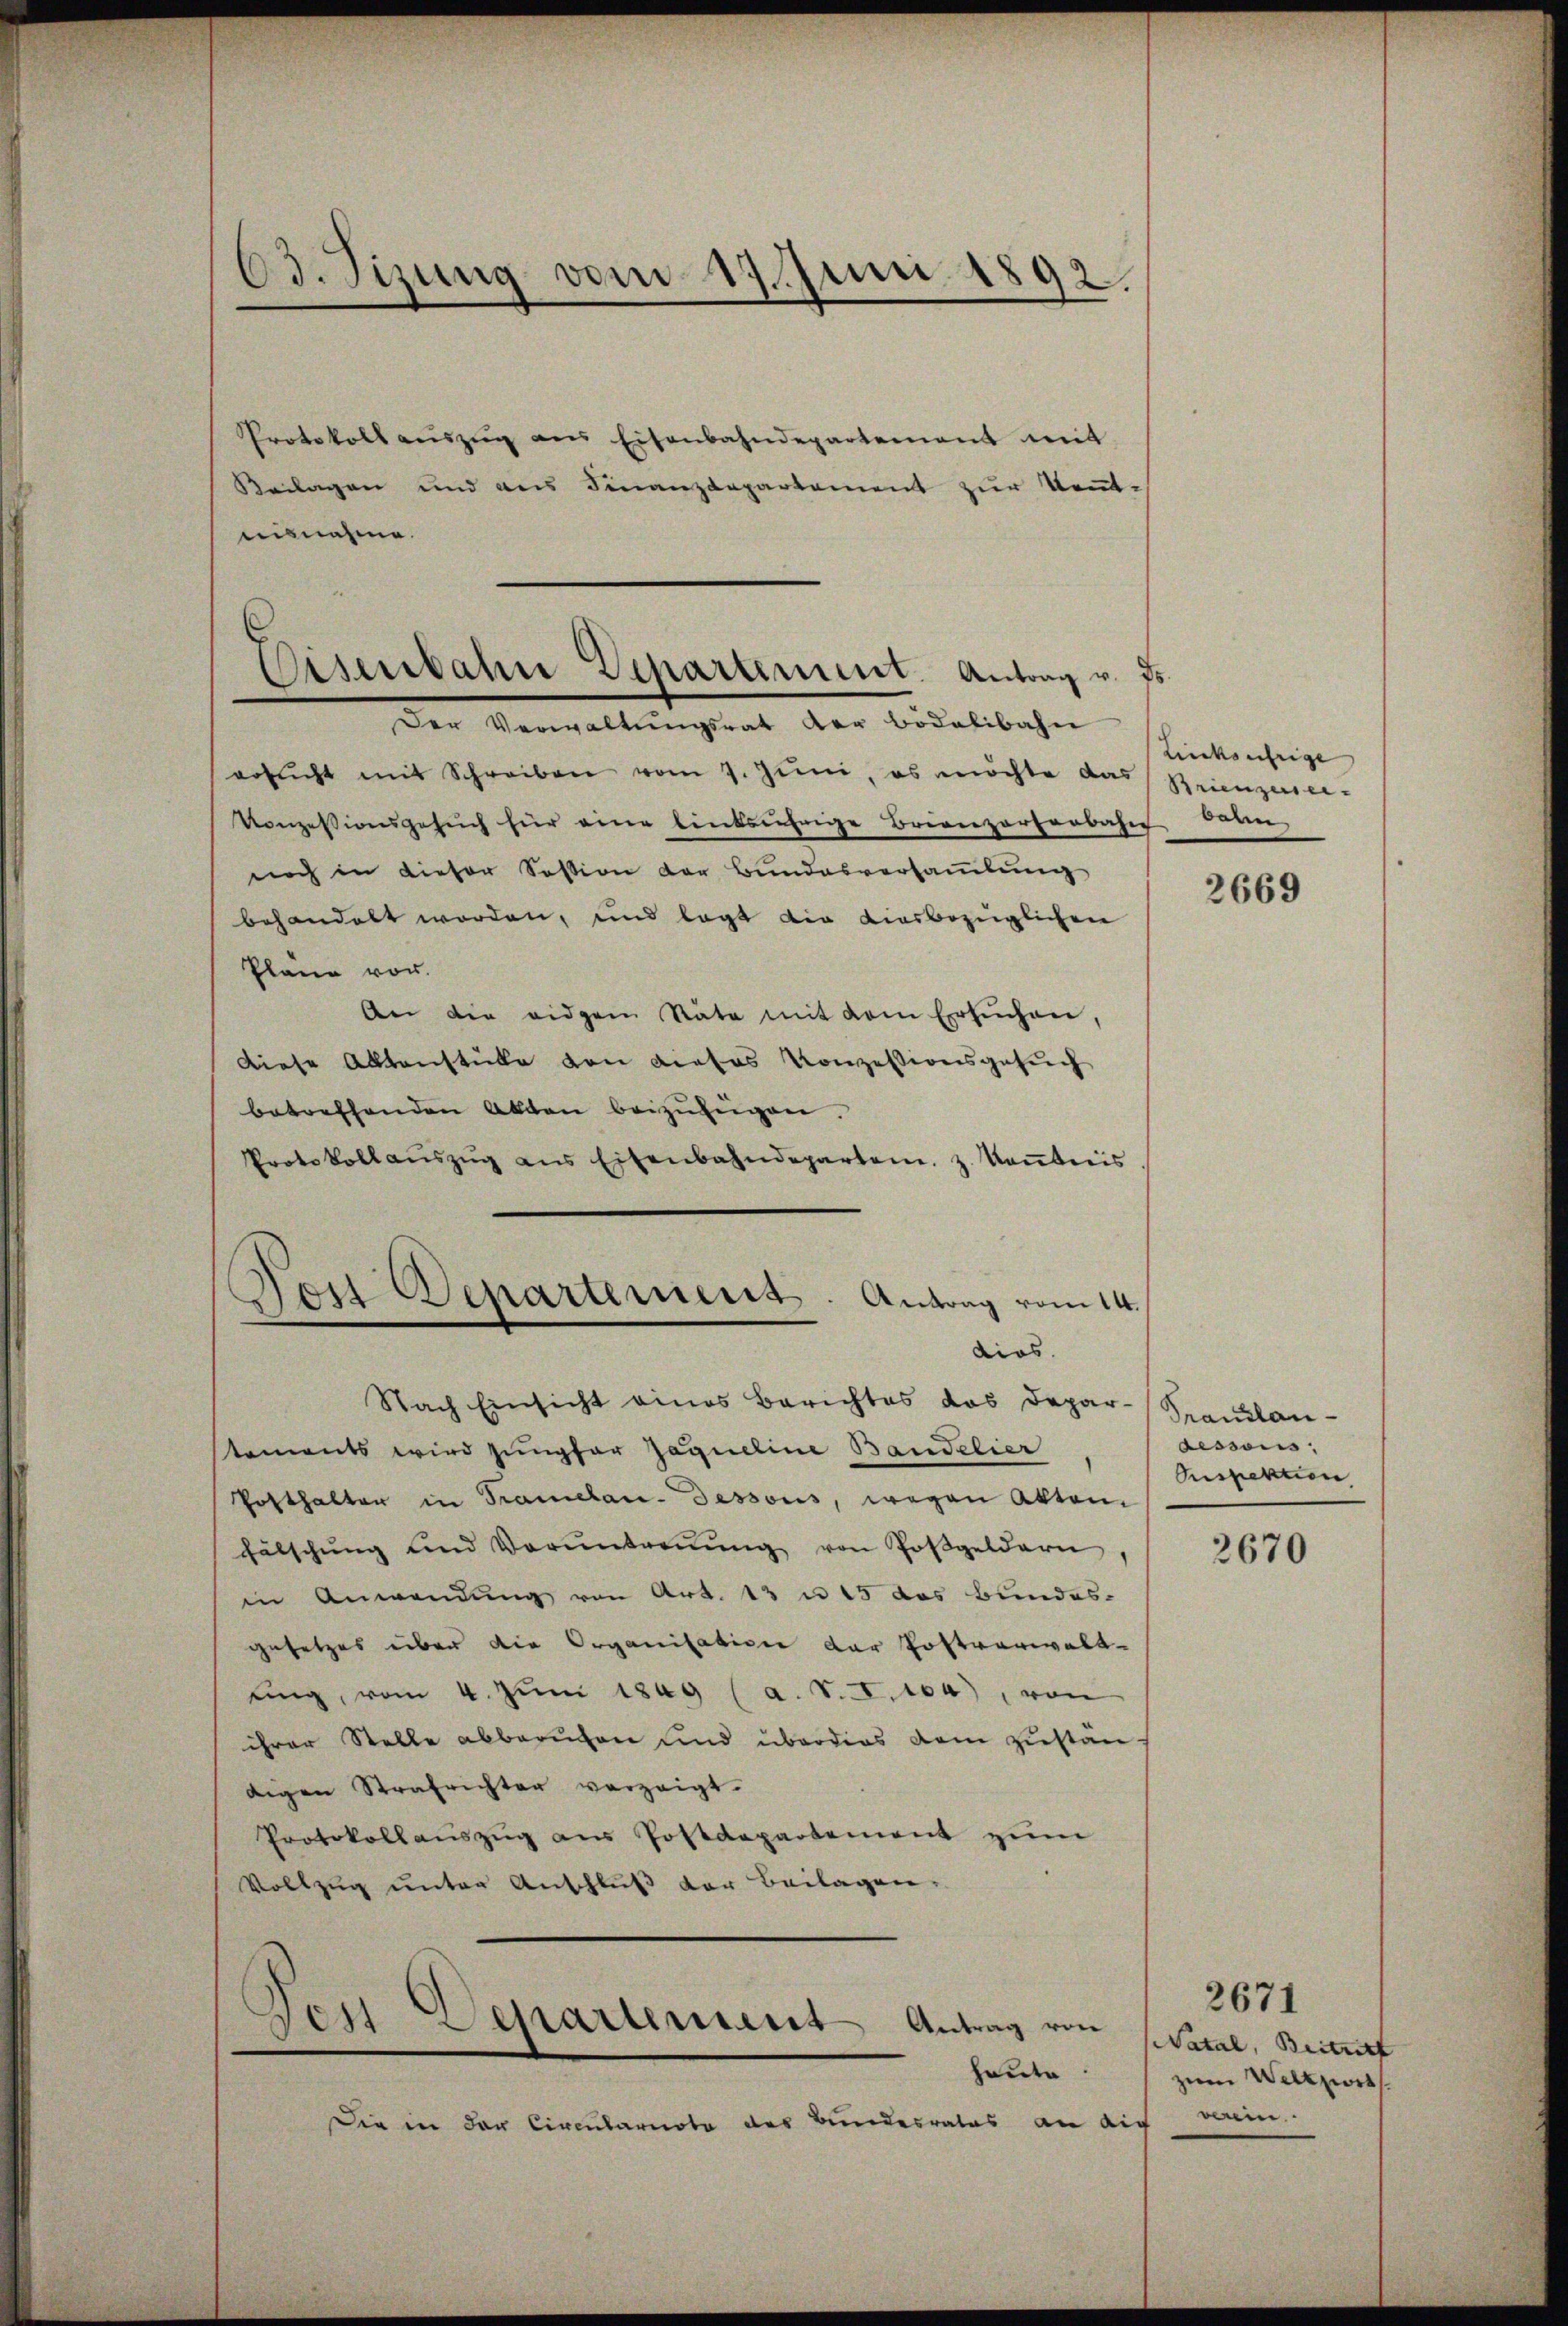
63. Sizung vom 19. Juni 1892.

Protokoll aŭszŭg ans Eisenbahndepartement mit
Keilagen und aus Finanzdepartement zur Kennt-
uisnahme.

Disenbahn Departement. Antrag v. ds

Dos Departement. Antrag vom 14.
dios.

Der Verwaltungsrat der Bidelibahn
ersŭcht mit Schreiben vom 7. Jŭni, es möchte da
Konzessionsgesuch für eine linksjährige Brienzarterbahn darn
noch in dieser Session der Bundesversammlung
behandelt worden, und legt die diesbezüglichen
Plane vor.
An die eidgem Stäte mit dem Ersuchen,
Diese Aktenstücke von dieses Konzessionsgesuch
betreffenden Alten beizufügen.
Protokollaŭszŭg ans Eisenbahndeparten. z. Keṅtnis
Nach Einsicht eines Berichtes das Depar-Spaulan-
tements wird jungfer Jaqueline Bandelier
Posthalter in Tramelau-dessous, wegen Akten
fälschŭng und Voruntreṅŭng von Poßgeldern,
in Anwendung von Art. 13 u 15 das Bundes-
gesetzes über die Organisation der Postverwaltŭing, vom 4. Jŭni 1849 (a. S. I. 104), von
ihrer Stelle abberufen und überdies dem zustän-
digen Strafrichter vorzeigt.
Protokollaŭszŭg aŭs Postdepartement zŭm
Vollzug unter Anschluß der Beilagen.
Jey-Departement Antrag von
heute
Die in der Civentarnote des Bundesrates an di

Linksufrige
 Brienzensei

2669

sessous
Sespektion

2670

2671
Natal, Beitritt
zum Weltzwis
ic verein.